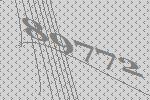
89772